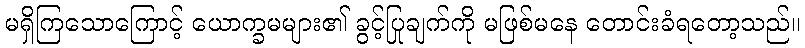
မရှိကြသောကြောင့် ယောက္ခမများ၏ ခွင့်ပြုချက်ကို မဖြစ်မနေ တောင်းခံရတော့သည်။